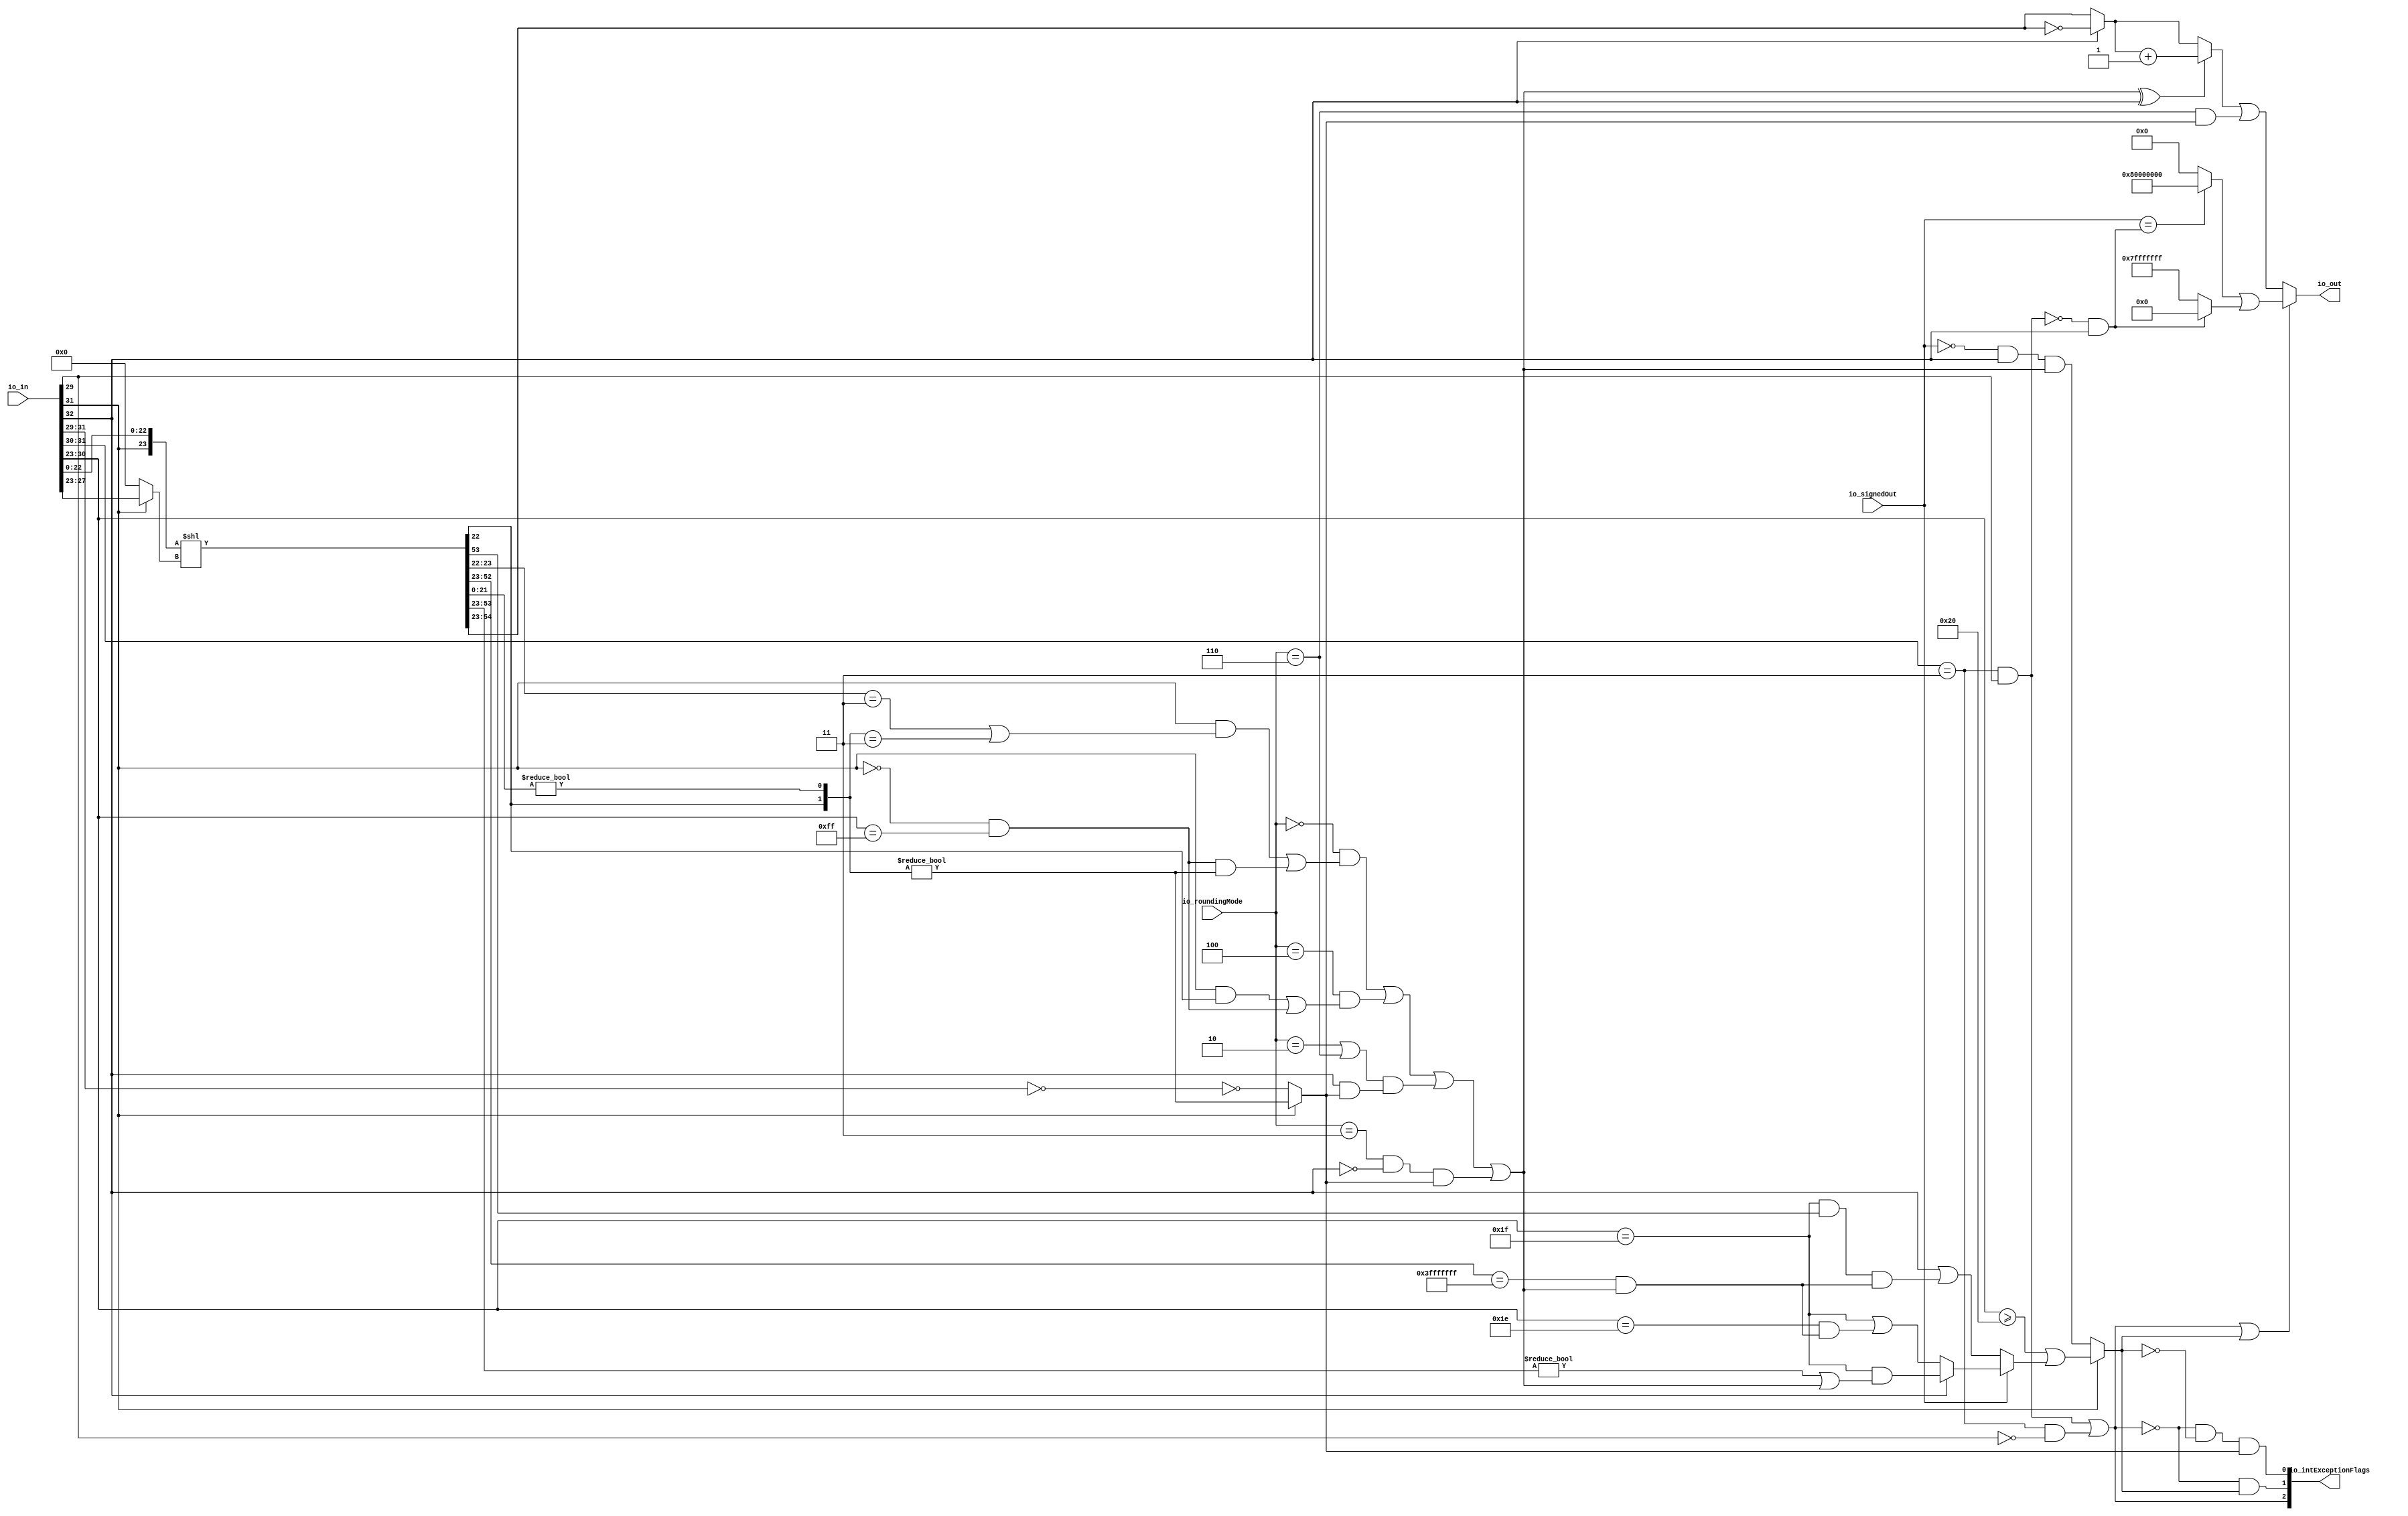
module RecFNToIN(
  input  [32:0] io_in,
  input  [2:0]  io_roundingMode,
  input         io_signedOut,
  output [31:0] io_out,
  output [2:0]  io_intExceptionFlags 
);
  wire  rawIn_isZero;
  wire  rawIn_isNaN;
  wire  rawIn_isInf;
  wire  rawIn_sign;
  wire [9:0] rawIn_sExp;
  wire [24:0] rawIn_sig;
  wire  magGeOne;
  wire [7:0] posExp;
  wire  magJustBelowOne;
  wire  roundingMode_near_even;
  wire  roundingMode_min;
  wire  roundingMode_max;
  wire  roundingMode_near_maxMag;
  wire  roundingMode_odd;
  wire [54:0] shiftedSig;
  wire [33:0] alignedSig;
  wire [31:0] unroundedInt;
  wire  common_inexact;
  wire  roundIncr_near_even;
  wire  roundIncr_near_maxMag;
  wire  roundIncr;
  wire [31:0] complUnroundedInt;
  wire [31:0] roundedInt;
  wire  magGeOne_atOverflowEdge;
  wire  roundCarryBut2;
  wire  common_overflow;
  wire  invalidExc;
  wire  overflow;
  wire  inexact;
  wire  excSign;
  wire [31:0] excOut;

`define MY_ASSIGNMENT
`ifdef MY_ASSIGNMENT
  assign rawIn_isZero = io_in[31:29] == 3'h0;
  assign rawIn_isNaN = (io_in[31:30] == 2'h3) & io_in[29];
  assign rawIn_isInf = (io_in[31:30] == 2'h3) & !io_in[29];
  assign rawIn_sign = io_in[32];
  assign rawIn_sExp = {1'b0, $signed(io_in[31:23])};
  assign rawIn_sig = {1'h0, !rawIn_isZero, io_in[22:0]};
  assign magGeOne = rawIn_sExp[8];
  assign posExp = rawIn_sExp[7:0];
  assign magJustBelowOne = !magGeOne & (posExp == 8'hff);
  assign roundingMode_near_even = io_roundingMode == 3'h0;
  assign roundingMode_min = io_roundingMode == 3'h2;
  assign roundingMode_max = io_roundingMode == 3'h3;
  assign roundingMode_near_maxMag = io_roundingMode == 3'h4;
  assign roundingMode_odd = io_roundingMode == 3'h6;
  wire [4:0] _T_21 = magGeOne ? rawIn_sExp[4:0] : 5'h0;
  assign shiftedSig = {{31'd0}, magGeOne, rawIn_sig[22:0]} << _T_21;
  assign alignedSig = {shiftedSig[54:22], (shiftedSig[21:0] != 22'h0)};
  assign unroundedInt = alignedSig[33:2];
  assign common_inexact = magGeOne ? (alignedSig[1:0] != 2'h0) : !rawIn_isZero;
  assign roundIncr_near_even = (magGeOne & ((alignedSig[2:1] == 2'h3) | (alignedSig[1:0] == 2'h3))) 
				| (magJustBelowOne & (alignedSig[1:0] != 2'h0));
  assign roundIncr_near_maxMag = (magGeOne & alignedSig[1]) | magJustBelowOne;
  assign roundIncr = (roundingMode_near_even & roundIncr_near_even) 
			| (roundingMode_near_maxMag & roundIncr_near_maxMag) 
			| ((roundingMode_min | roundingMode_odd) & (rawIn_sign & common_inexact)) 
			| (roundingMode_max & !rawIn_sign & common_inexact);
  assign complUnroundedInt = rawIn_sign ? (~ unroundedInt) : unroundedInt;
  wire [31:0] _T_54 = (roundIncr ^ rawIn_sign) ? (complUnroundedInt + 32'h1) : complUnroundedInt;
  assign roundedInt = _T_54 | {{31'd0}, (roundingMode_odd & common_inexact)};
  assign magGeOne_atOverflowEdge = posExp == 8'h1f;
  assign roundCarryBut2 = (unroundedInt[29:0] == 30'h3fffffff) & roundIncr;
  wire _T_66 = rawIn_sign ? (magGeOne_atOverflowEdge & ((unroundedInt[30:0] != 31'h0) | roundIncr)) : (magGeOne_atOverflowEdge | ((posExp == 8'h1e) & roundCarryBut2));
  wire _T_71 = io_signedOut ? _T_66 : (rawIn_sign | (magGeOne_atOverflowEdge & unroundedInt[30] & roundCarryBut2));
  assign common_overflow = magGeOne ? ((posExp >= 8'h20) | _T_71) : (!io_signedOut & rawIn_sign & roundIncr);
  assign invalidExc = rawIn_isNaN | rawIn_isInf;
  assign overflow = !invalidExc & common_overflow;
  assign inexact = !invalidExc & !common_overflow & common_inexact;
  assign excSign = !rawIn_isNaN & rawIn_sign;
  wire [31:0] _T_82 = (io_signedOut == excSign) ? 32'h80000000 : 32'h0;
  wire [30:0] _T_84 = !excSign ? 31'h7fffffff : 31'h0;
  assign excOut = _T_82 | {{1'd0}, _T_84};
  assign io_out = (invalidExc | common_overflow) ? excOut : roundedInt;
  assign io_intExceptionFlags = {invalidExc, overflow, inexact};

`endif // MY_ASSIGNMENT

endmodule